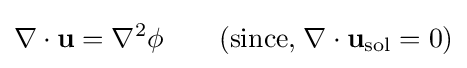
\nabla \cdot \mathbf {u} =\nabla ^{2}\phi \qquad ({\text{since,}}\;\nabla \cdot \mathbf {u} _{\text{sol}}=0)